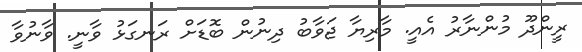
ރީންދޫ މުންނާރު އެއީ. މާރިޔާ ޖަވާބު ދިނުން ބޮޑަށް ރަނގަޅު ވާނީ. ވާނުވާ